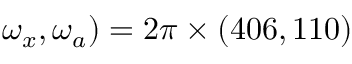
\omega _ { x } , \omega _ { a } ) = 2 \pi \times ( 4 0 6 , 1 1 0 )